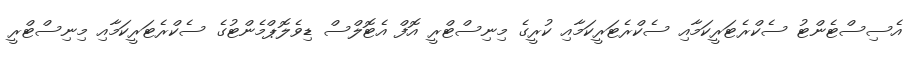
އެސިސްޓެންޓު ސެކްރެޓަރީކަމާއި ސެކްރެޓަރީކަމާއި ކުރީގެ މިނިސްޓްރީ އޮފް އެޓޮލްސް ޑިވެލޮޕްމެންޓުގެ ސެކްރެޓަރީކަމާއި މިނިސްޓްރީ